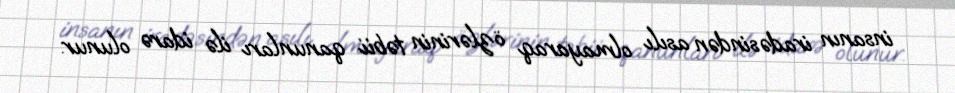
insanın iradəsindən asılı olmayaraq özlərinin təbii qanunları ilə idarə olunur.